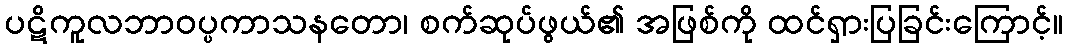
ပဋိကူလဘာဝပ္ပကာသနတော၊ စက်ဆုပ်ဖွယ်၏ အဖြစ်ကို ထင်ရှားပြခြင်းကြောင့်။